Notes on the propagation and cultivation of the medicinal cinchonas, or Peruvian bark trees
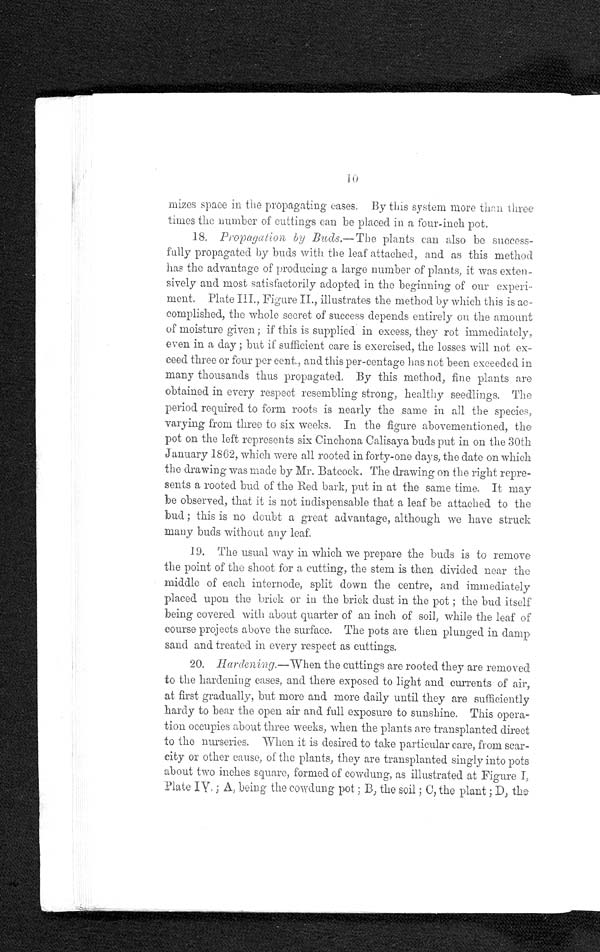
10
mizes space in the propagating cases. By this system more then three
times the number of cuttings can be placed in a four-inch pot.
18. Propagation by Buds.—The plants can also be success-
fully propagated by buds with the leaf attached, and as this method
has the advantage of producing a large number of plants, it was exten-
sively and most satisfactorily adopted in the beginning of our experi-
ment. Plate III., Figure II., illustrates the method by which this is ac-
complished, the whole secret of success depends entirely on the amount
of moisture given ; if this is supplied in excess, they rot immediately,
even in a day ; but if sufficient care is exercised, the losses will not ex-
ceed three or four per cent., and this per-centage has not been exceeded in
many thousands thus propagated. By this method, fine plants are
obtained in every respect resembling strong, healthy seedlings. The
period required to form roots is nearly the same in all the species,
varying from three to six weeks. In the figure abovementioned, the
pot on the left represents six Cinchona Calisaya buds put in on the 30th
J anuary 1862, which were all rooted in forty-one days, the date on which
the drawing was made by Mr. Batcock. The drawing on the right repre-
sents a rooted bud of the Red bark, put in at the same time. It may
be observed, that it is not indispensable that a leaf be attached to the
bud ; this is no doubt a great advantage, although we have struck
many buds without any leaf.
19. The usual way in which we prepare the buds is to remove
the point of the shoot for a cutting, the stem is then divided near the
middle of each internode, split down the centre, and immediately
placed upon the brick or in the brick dust in the pot ; the bud itself
being covered with about quarter of an inch of soil, while the leaf of
course projects above the surface. The pots are then plunged in damp
sand and treated in every respect as cuttings.
20.
Hardening.—When the cuttings are rooted they are removed
to the hardening cases, and there exposed to light and currents of air,
at first gradually, but more and more daily until they are sufficiently
hardy to bear the open air and full exposure to sunshine. This opera-
tion occupies about three weeks, when the plants are transplanted direct
to the nurseries. When it is desired to take particular care, from scar-
city or other cause, of the plants, they are transplanted singly into pots
about two inches square, formed of cowdung, as illustrated at Figure I,
Plate IV,; A, being the cowdung pot; B, the soil; C, the plant; D, the